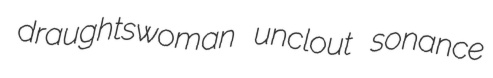
draughtswoman unclout sonance